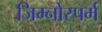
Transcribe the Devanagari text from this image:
जिम्‍नोस्‍पर्म